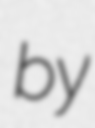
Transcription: by